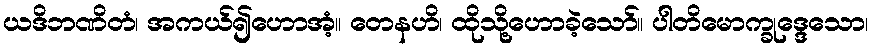
ယဒိဘဏိတံ၊ အကယ်၍ဟောအံ့။ တေနဟိ၊ ထိုသို့ဟောခဲ့သော်။ ပါတိမောက္ခုဒ္ဒေသော၊